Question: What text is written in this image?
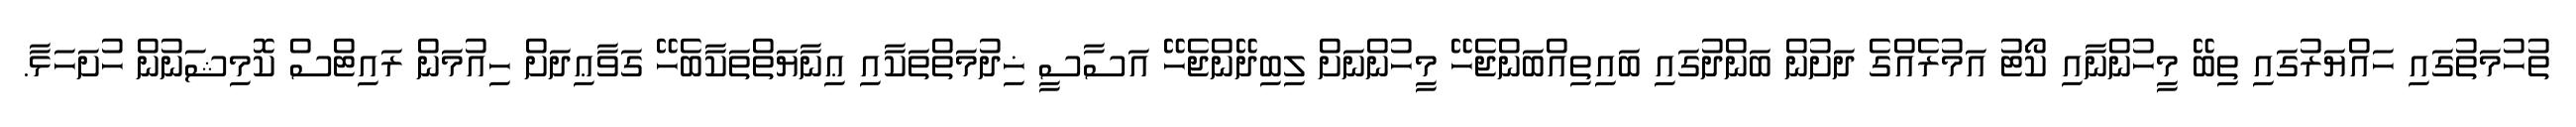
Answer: ތުހުމަތުގައި ހައްޔަރުގައި ތިބޭ މީހުންނާއި ކޯޓު އަމުރެއްގެ ދަށުން ބަންދުގައި ބައިތިއްބަންޖެހޭ މީހުންނަށް ލިބިދޭންޖެހޭ އަސާސީ ޚިދުމަތްތަކާއި ޢިނާޔަތްތަކާބެހޭ ގަވާޢިދަށް ހިއުމަން ރައިޓްސް ކޮމިޝަނުން ހުށަހަޅާ.